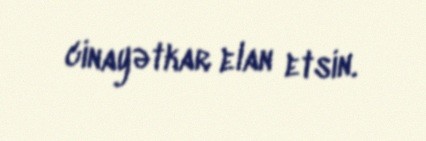
cinayətkar elan etsin.